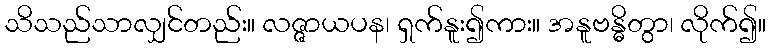
သိသည်သာလျှင်တည်း။ လဇ္ဇာယပန၊ ရှက်နူး၍ကား။ အနူဗန္ဓိတွာ၊ လိုက်၍။